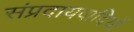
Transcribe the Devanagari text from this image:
संप्रदायवादियों